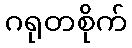
ဂရုတစိုက်